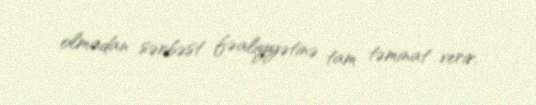
olmadan sərbəst fəaliyyətinə tam təminat verir.